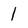
Character: 1